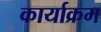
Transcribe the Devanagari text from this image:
कार्याक्रम